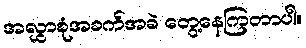
အလွှာစုံအခက်အခဲ တွေ့နေကြတာပါ။